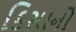
કિસાનો